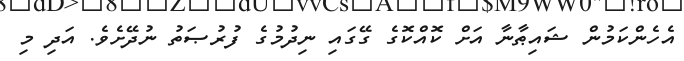
އެހެންކަމުން ޝައިޠާނާ އަށް ކޮއްކޮގެ ގޭގައި ނިދުމުގެ ފުރުޞަތު ނުދޭށެވެ. އަދި މި